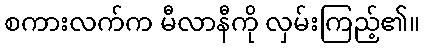
စကားလက်က မီလာနီကို လှမ်းကြည့်၏။